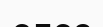
елес